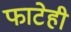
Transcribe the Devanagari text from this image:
फाटेही